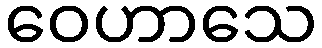
ဝေဟာသေ